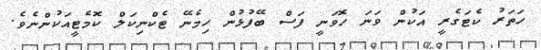
ހަތަރު ކެޓަގެރީ އަކުން ވަނަ ހޮވަނީ ފަސް ބޭފުޅުން ހިމެނޭ ޓެކްނިކަލް ކޮމެޓީއަކުންނެވެ.